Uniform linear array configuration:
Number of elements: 48
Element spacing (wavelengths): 1
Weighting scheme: blackman
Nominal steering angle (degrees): -15
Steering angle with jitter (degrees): -14.246
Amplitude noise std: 0.05
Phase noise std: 0.05

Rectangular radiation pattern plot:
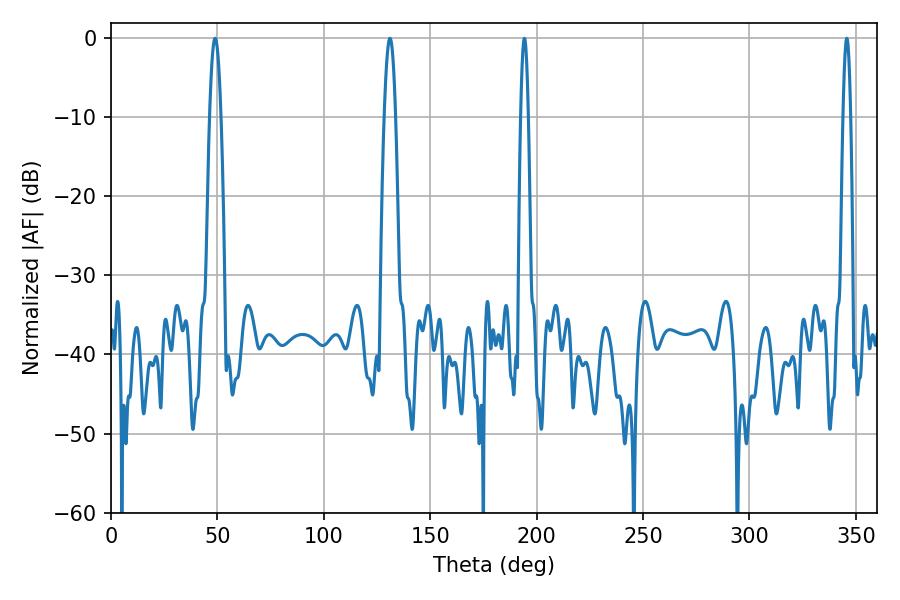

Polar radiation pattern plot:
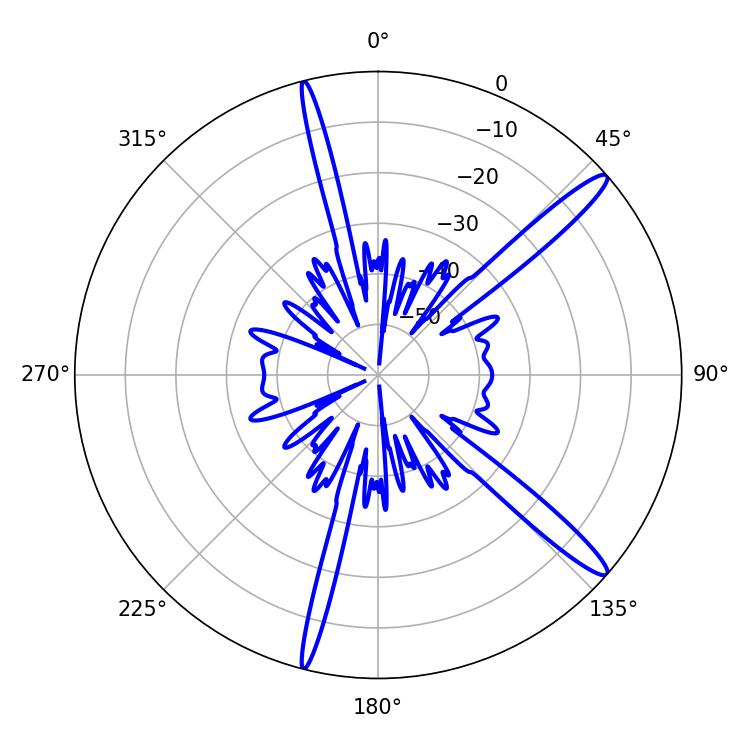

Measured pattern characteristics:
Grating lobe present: TRUE
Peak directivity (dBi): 14.83
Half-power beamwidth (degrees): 2.88
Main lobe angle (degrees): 131.04